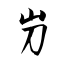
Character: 屶